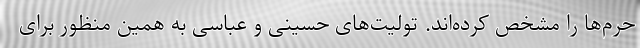
حرم‌ها را مشخص کرده‌اند. تولیت‌های حسینی و عباسی به همین منظور برای